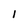
Character: 1